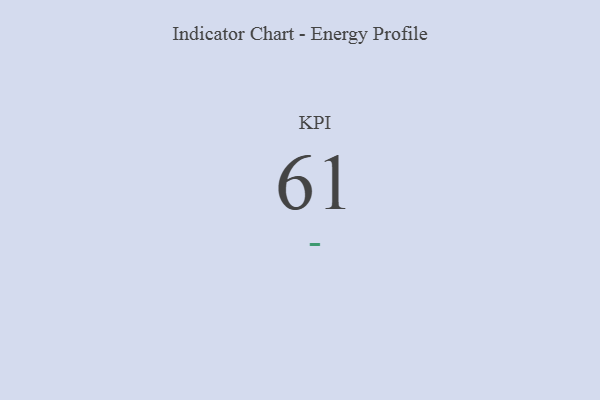
{"axis": {"x": "KPI", "y": "Value"}, "legend": [""], "data": [{"x": "KPI", "y": 61, "type": ""}]}